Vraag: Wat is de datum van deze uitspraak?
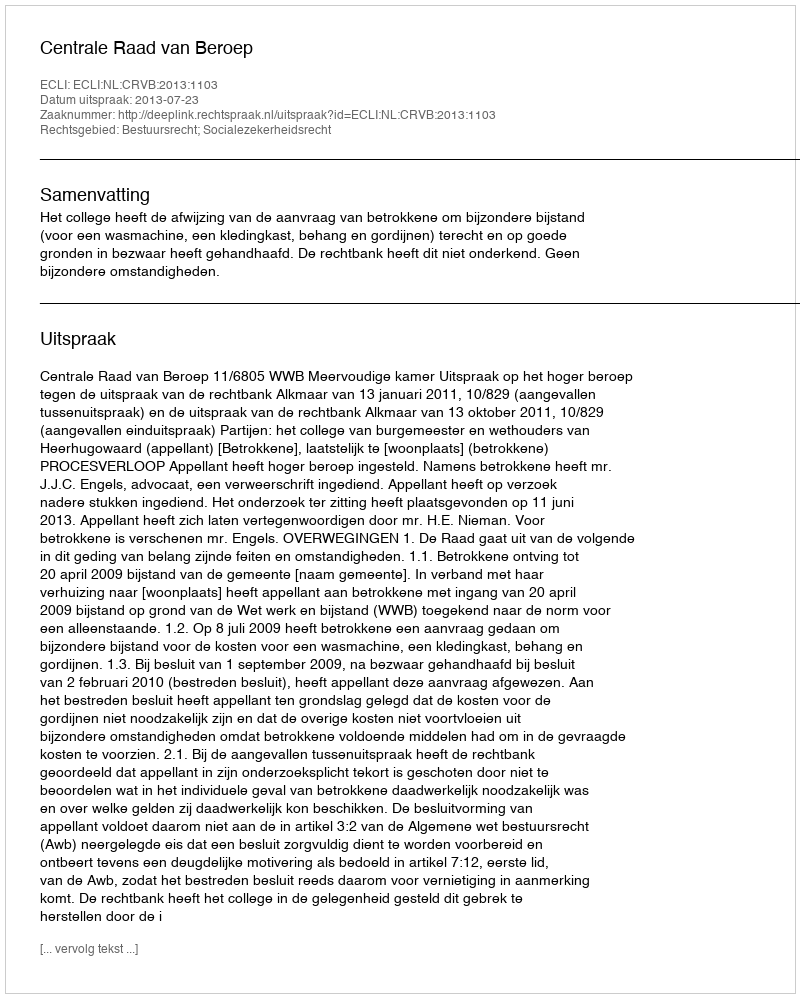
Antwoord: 2013-07-23